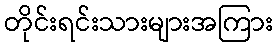
တိုင်းရင်းသားများအကြား